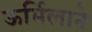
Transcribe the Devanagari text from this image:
ऊर्मिलाने